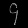
Digit: ၄